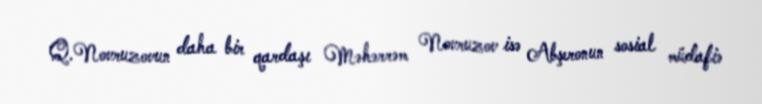
Q.Novruzovun daha bir qardaşı Məhərrəm Novruzov isə Abşeronun sosial müdafiə